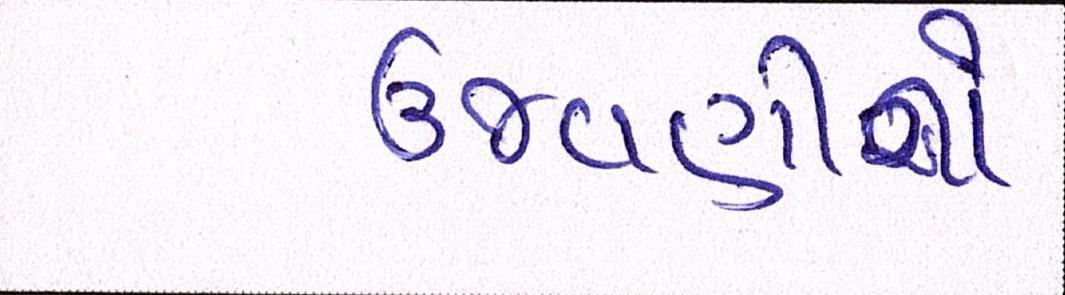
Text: ઉજવણીનો